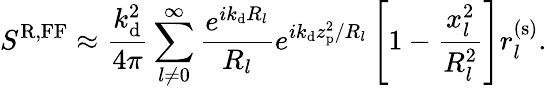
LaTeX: S^{\mathrm{R,FF}}\approx\frac{k_{\mathrm{d}}^{2}}{4\pi}\sum_{l\neq 0}^{\infty}\frac{e^{ik_{\mathrm{d}}R_{l}}}{R_{l}}e^{ik_{\mathrm{d}}z_{\mathrm{p}}^{2}/R_{l}}\left[1-\frac{x_{l}^{2}}{R_{l}^{2}}\right]r_{l}^{(\mathrm{s})}.